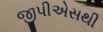
જીપીએસથી